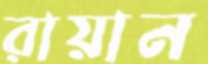
রায়ান